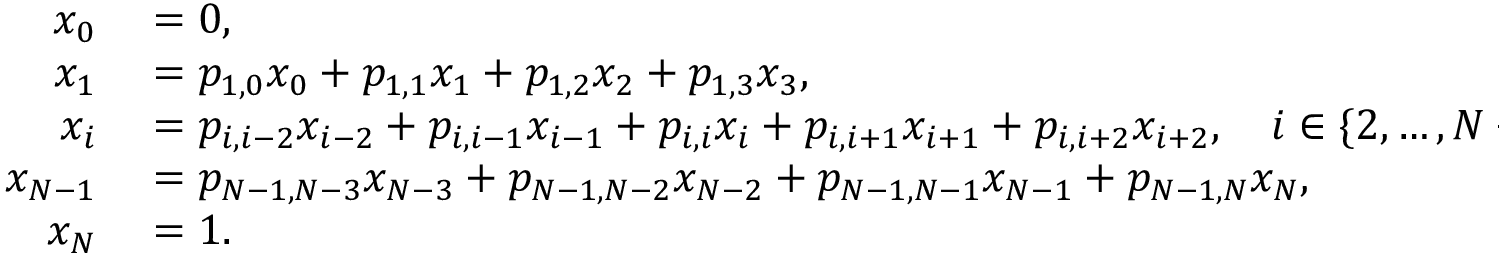
\begin{array} { r l } { x _ { 0 } } & { { } = 0 , } \\ { x _ { 1 } } & { { } = p _ { 1 , 0 } x _ { 0 } + p _ { 1 , 1 } x _ { 1 } + p _ { 1 , 2 } x _ { 2 } + p _ { 1 , 3 } x _ { 3 } , } \\ { x _ { i } } & { { } = p _ { i , i - 2 } x _ { i - 2 } + p _ { i , i - 1 } x _ { i - 1 } + p _ { i , i } x _ { i } + p _ { i , i + 1 } x _ { i + 1 } + p _ { i , i + 2 } x _ { i + 2 } , \quad i \in \{ 2 , \ldots , N - 2 \} , } \\ { x _ { N - 1 } } & { { } = p _ { N - 1 , N - 3 } x _ { N - 3 } + p _ { N - 1 , N - 2 } x _ { N - 2 } + p _ { N - 1 , N - 1 } x _ { N - 1 } + p _ { N - 1 , N } x _ { N } , } \\ { x _ { N } } & { { } = 1 . } \end{array}